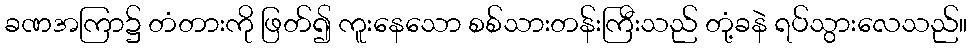
ခဏအကြာ၌ တံတားကို ဖြတ်၍ ကူးနေသော စစ်သားတန်းကြီးသည် တုံ့ခနဲ ရပ်သွားလေသည်။